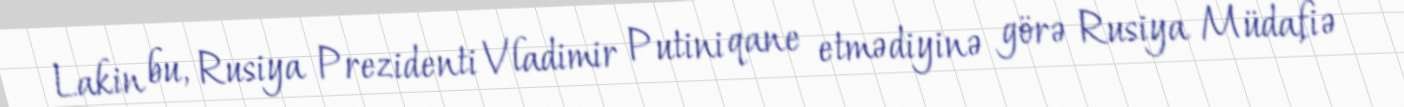
Lakin bu, Rusiya Prezidenti Vladimir Putini qane etmədiyinə görə Rusiya Müdafiə